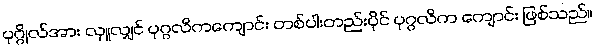
ပုဂ္ဂိုလ်အား လှူလျှင် ပုဂ္ဂလိကကျောင်း တစ်ပါးတည်းပိုင် ပုဂ္ဂလိက ကျောင်း ဖြစ်သည်။